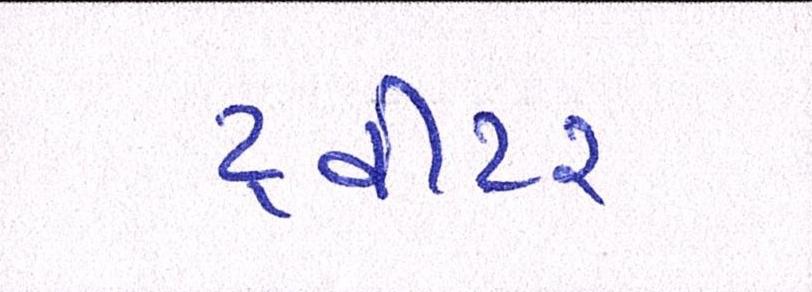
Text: ટ્વીટર